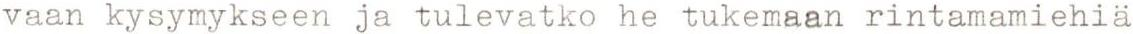
vaan kysymykseen ja tulevatko he tukemaan rintamamiehiä